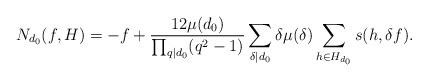
LaTeX: \begin{align*}N_{d_0}(f,H)=-f+\frac{12\mu(d_0)}{\prod_{q\mid d_0}(q^2-1)}\sum_{\delta\mid d_0}\delta\mu (\delta)\sum_{h\in H_{d_0}}s(h,\delta f).\end{align*}